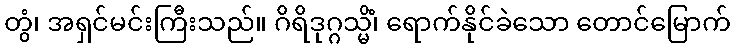
တွံ၊ အရှင်မင်းကြီးသည်။ ဂိရိဒုဂ္ဂသ္မိံ၊ ရောက်နိုင်ခဲသော တောင်မြောက်